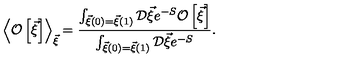
\left< { \cal O } \left[ \vec { \xi } { } \right] \right> _ { \vec { \xi } } = \frac { \int _ { \vec { \xi } ( 0 ) = \vec { \xi } ( 1 ) } ^ { } { \cal D } \vec { \xi } e ^ { - S } { \cal O } \left[ \vec { \xi } { } \right] } { \int _ { \vec { \xi } ( 0 ) = \vec { \xi } ( 1 ) } ^ { } { \cal D } \vec { \xi } e ^ { - S } } .